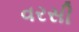
વરસી